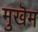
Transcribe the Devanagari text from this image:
मुखॆम